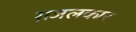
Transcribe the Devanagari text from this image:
ग़जलकार